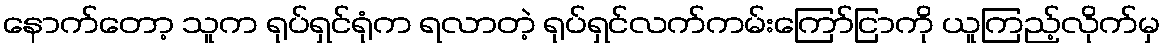
နောက်တော့ သူက ရုပ်ရှင်ရုံက ရလာတဲ့ ရုပ်ရှင်လက်ကမ်းကြော်ငြာကို ယူကြည့်လိုက်မှ